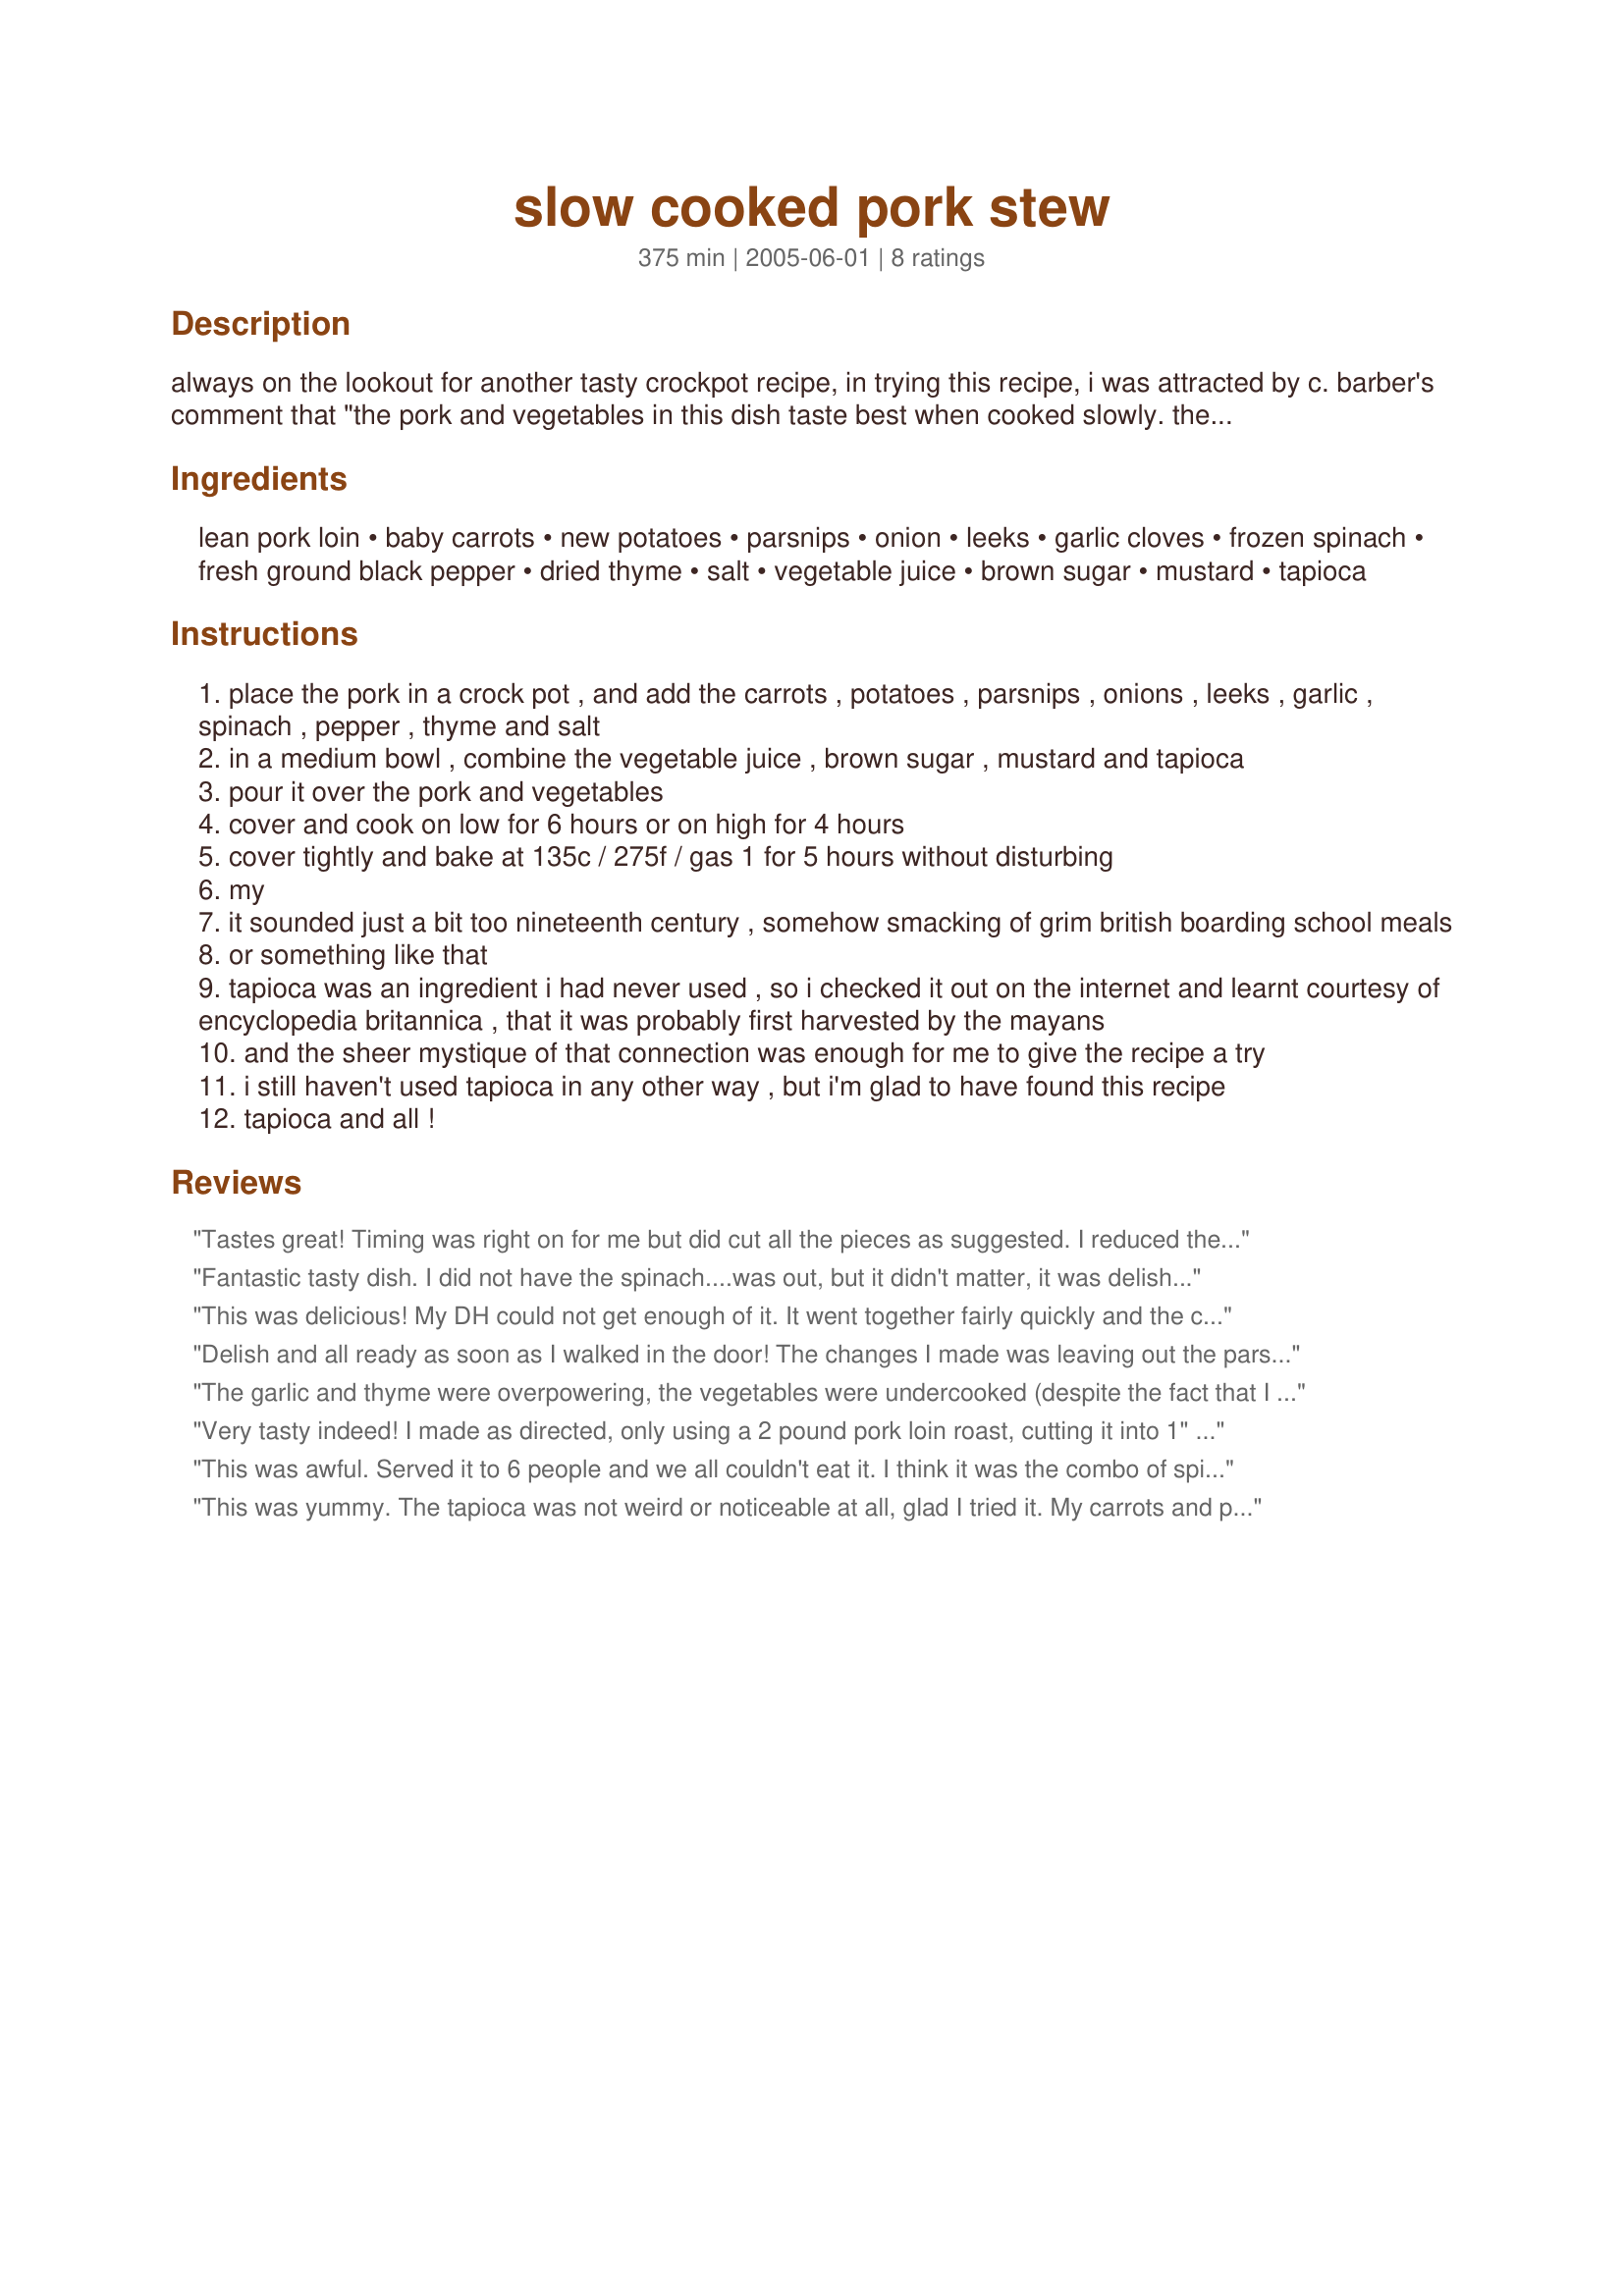
slow cooked pork stew
Preparation time: 375 minutes

always on the lookout for another tasty crockpot recipe, in trying this recipe, i was attracted by c. barber's comment that "the pork and vegetables in this dish taste best when cooked slowly. the meat becomes so tender you can tear it with a fork." sounded good to me! and i was not disappointed. the recipe i have posted here has been adapted from c. barber's recipe in prevention healthy cooking's 'eat up, slim down: tried-and-true recipes and tips from real weight-loss winners' by jane kirby and david joachim. vary the vegetables - and adjust the quantity of garlic - to suit your taste preferences.

Ingredients:
lean pork loin, baby carrots, new potatoes, parsnips, onion, leeks, garlic cloves, frozen spinach, fresh ground black pepper, dried thyme, salt, vegetable juice, brown sugar, mustard, tapioca

Steps:
place the pork in a crock pot , and add the carrots , potatoes , parsnips , onions , leeks , garlic , spinach , pepper , thyme and salt
in a medium bowl , combine the vegetable juice , brown sugar , mustard and tapioca
pour it over the pork and vegetables
cover and cook on low for 6 hours or on high for 4 hours
cover tightly and bake at 135c / 275f / gas 1 for 5 hours without disturbing
my
it sounded just a bit too nineteenth century , somehow smacking of grim british boarding school meals
or something like that
tapioca was an ingredient i had never used , so i checked it out on the internet and learnt courtesy of encyclopedia britannica , that it was probably first harvested by the mayans
and the sheer mystique of that connection was enough for me to give the recipe a try
i still haven't used tapioca in any other way , but i'm glad to have found this recipe
tapioca and all !

Reviews:
Tastes great! Timing was right on for me but did cut all the pieces as suggested. I reduced the black pepper to 1 teaspoon and did not have parsnips otherwise made as posted. Loved the 6 cloves of garlic! Served with Recipe#382235. Thanks bluemoon downunder for sharing. Made for Zaar Stars.
Fantastic tasty dish. I did not have the spinach....was out, but it didn't matter, it was delish just the same. Thanks for a great recipe.
This was delicious! My DH could not get enough of it. It went together fairly quickly and the cook time was right on for my crockpot. I realized as I was writing this review that I forgot to add the spinach. I put it in the microwave to thaw and left it there. It was great without it.
Thanks for posting!
Delish and all ready as soon as I walked in the door! The changes I made was leaving out the parsnips, using 4 garlic cloves (instead of the suggested amount), only 4 ounces of spinach and 16 oz of carrots. We served this with Rosemary Sourdough Bread (bread machine) recipe#134826 for a wonderful filling supper. We will be having this meal often this fall/winter season. Thanks for sharing!
The garlic and thyme were overpowering, the vegetables were undercooked (despite the fact that I had cut them in small pieces and pre-cooked them a little in the microwave oven) and the meat was bland (maybe the pieces should be browned first) and tough (yet I used tenderloin).
Very tasty indeed! I made as directed, only using a 2 pound pork loin roast, cutting it into 1" pieces. The result was tender, juicy and the best pork stew I have ever made, or eaten for that matter :) Very simple recipe and the directions could not be easier to follow. Thank you very much, Bluemoon Downunder, for sharing your recipe!
This was awful. Served it to 6 people and we all couldn't eat it. I think it was the combo of spinach and parsnip that gave it a funky smell and taste. This was not for us. Very bland as well.
This was yummy. The tapioca was not weird or noticeable at all, glad I tried it. My carrots and parsnips were still a bit crunchy after 6 hours so I will put veggies on bottom next time, meat on top. The sauce was tasty.
